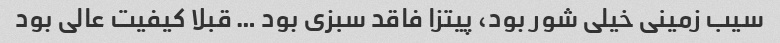
سیب زمینی خیلی شور بود، پیتزا فاقد سبزی بود … قبلا کیفیت عالی بود